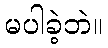
မပါခဲ့ဘဲ။